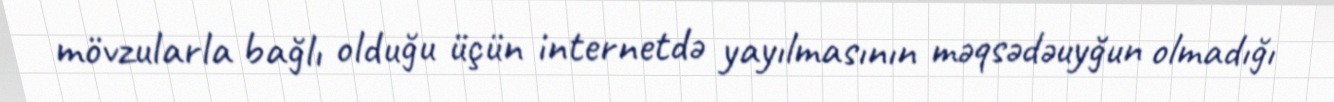
mövzularla bağlı olduğu üçün internetdə yayılmasının məqsədəuyğun olmadığı